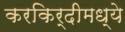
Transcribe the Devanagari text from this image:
करकिर्दीमध्ये